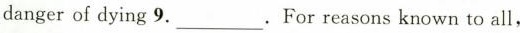
danger of dying 9.___.For reasons known to all,